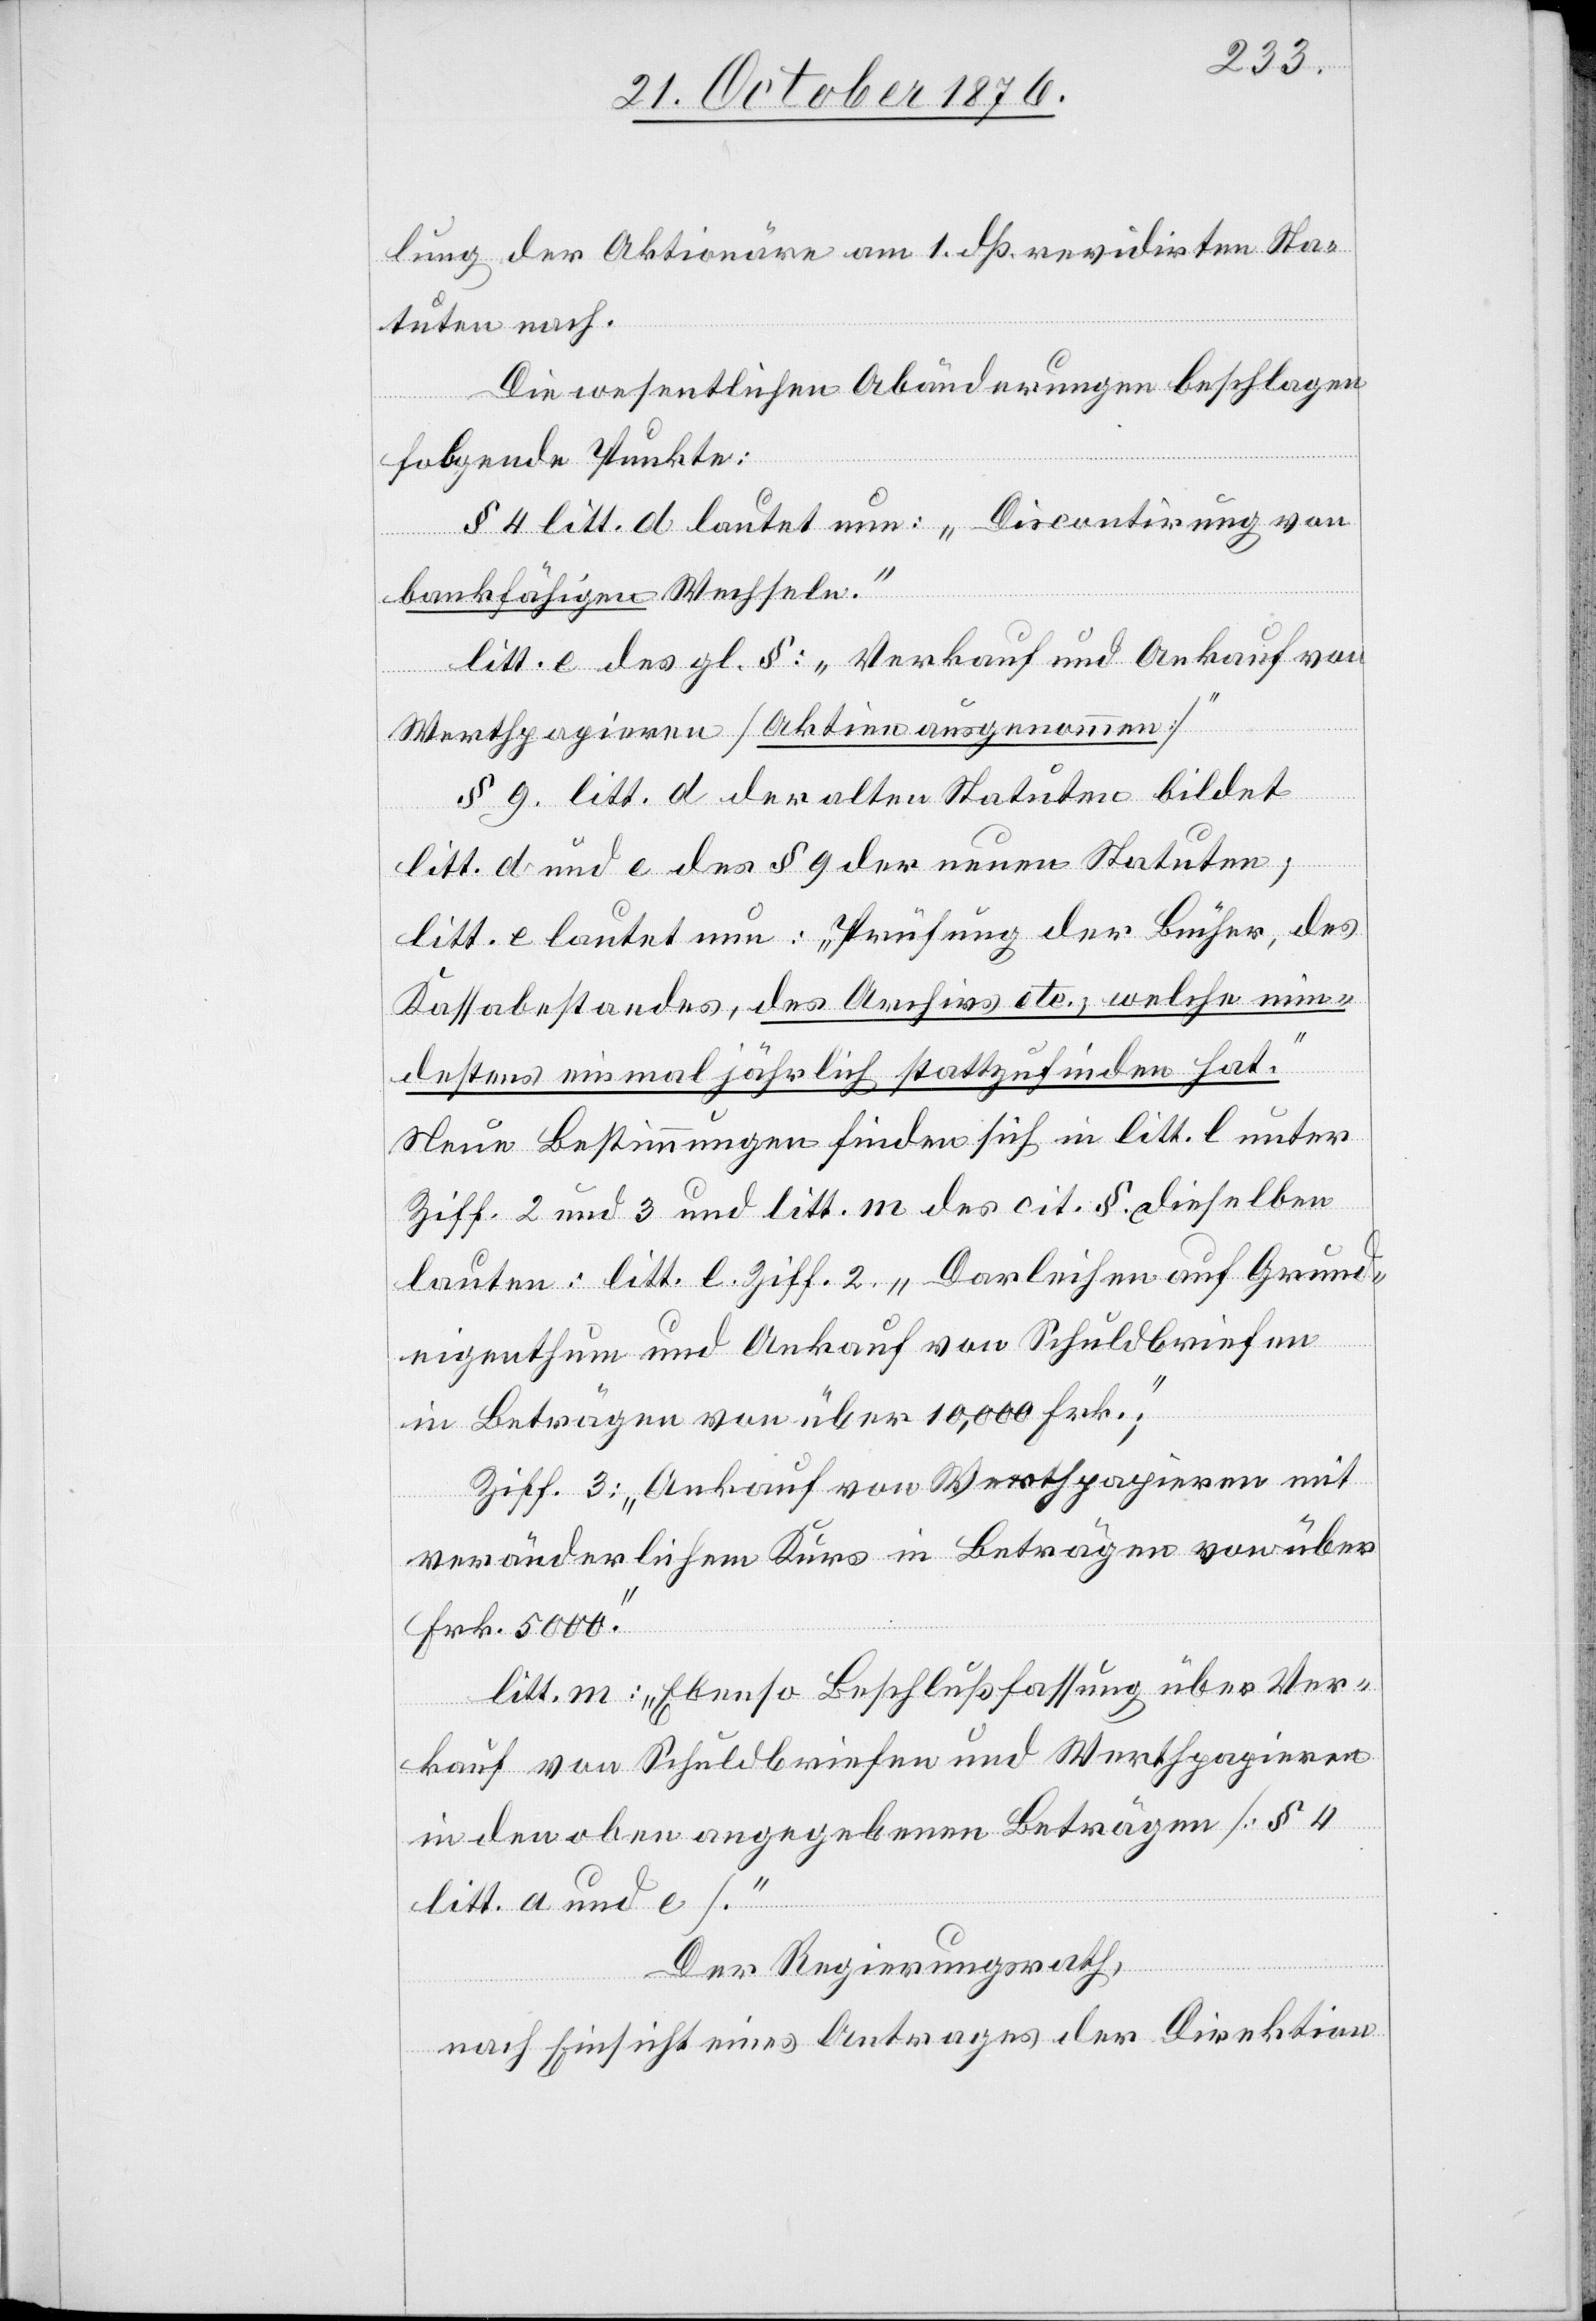
lung der Aktionäre am 1. dß revidirten Sta¬
tuten nach.
Die wesentlichen Abänderungen beschlagen
folgende Punkte:
§ 4 litt. d. lautet neu: „Discontirung von
bankfähigen Wechseln.“
litt. e des gl. §: „Verkauf und Ankauf von
Werthpapieren [Aktien ausgenommen]“
§ 9. litt. d der alten Statuten bildet
litt. d und e des § 9 der neuen Statuten;
litt. e lautet neu: „Prüfung der Bücher, des
Kassabestandes, des Archivs etc., welche min¬
destens einmal jährlich stattzufinden hat.“
Neue Bestimmungen finden sich in litt. l unter
Ziff. 2 und 3 und litt. m des cit. §. dieselben
lauten: litt. l. Ziff. 2: „Darleihen auf Grund¬
eigenthum und Ankauf von Schuldbriefen
in Beträgen von über 10,000 Frk.;“
Ziff. 3: „Ankauf von Werthpapieren mit
veränderlichem Kurs in Beträgen von über
Frk. 5000.“
litt. m: „Ebenso Beschlußfassung über Ver¬
kauf von Schuldbriefen und Werthpapieren
in den oben angegebenen Beträgen [§ 4
litt. a und e].“
Der Regierungsrath,
nach Einsicht eines Antrages der Direktion